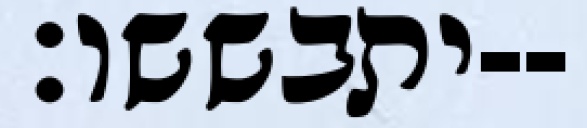
יתבששו׃--